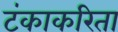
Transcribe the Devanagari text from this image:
टंकाकरिता